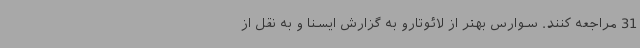
31 مراجعه کنند. سوارس بهتر از لائوتارو به گزارش ایسنا و به نقل از